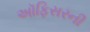
અૉફિસરની